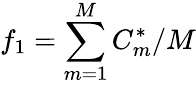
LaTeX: f_{1}=\sum_{m=1}^{M}C_{m}^{*}/M